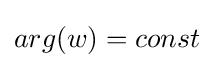
arg(w)=const